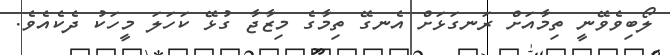
ލޯބިވެވޭނީ ތިމާއަށް ރަނގަޅަށް އެނގޭ ތިމާގެ މިޒާޖާ ގުޅޭ ކަހަލަ މީހަކު ދެކެއެވެ.